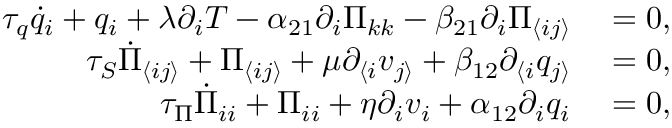
\begin{array} { r l } { \tau _ { q } \dot { q } _ { i } + q _ { i } + \lambda \partial _ { i } T - \alpha _ { 2 1 } \partial _ { i } \Pi _ { k k } - \beta _ { 2 1 } \partial _ { i } \Pi _ { \langle i j \rangle } } & { { } = 0 , } \\ { \tau _ { S } \dot { \Pi } _ { \langle i j \rangle } + \Pi _ { \langle i j \rangle } + \mu \partial _ { \langle i } v _ { j \rangle } + \beta _ { 1 2 } \partial _ { \langle i } q _ { j \rangle } } & { { } = 0 , } \\ { \tau _ { \Pi } \dot { \Pi } _ { i i } + \Pi _ { i i } + \eta \partial _ { i } v _ { i } + \alpha _ { 1 2 } \partial _ { i } q _ { i } } & { { } = 0 , } \end{array}